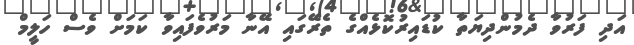
އަދި ފަރުވާ ދެމުންދިޔަތާ ކުޑައިރުކޮޅެއްގެ ތެރޭގައި އޭނާ މަރުވެފައިވާ ކަމަށް ވެސް ހަލީމް